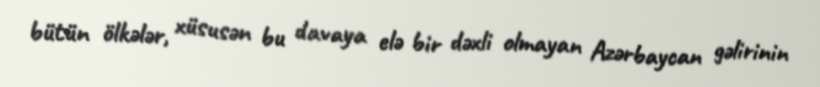
bütün ölkələr, xüsusən bu davaya elə bir dəxli olmayan Azərbaycan gəlirinin